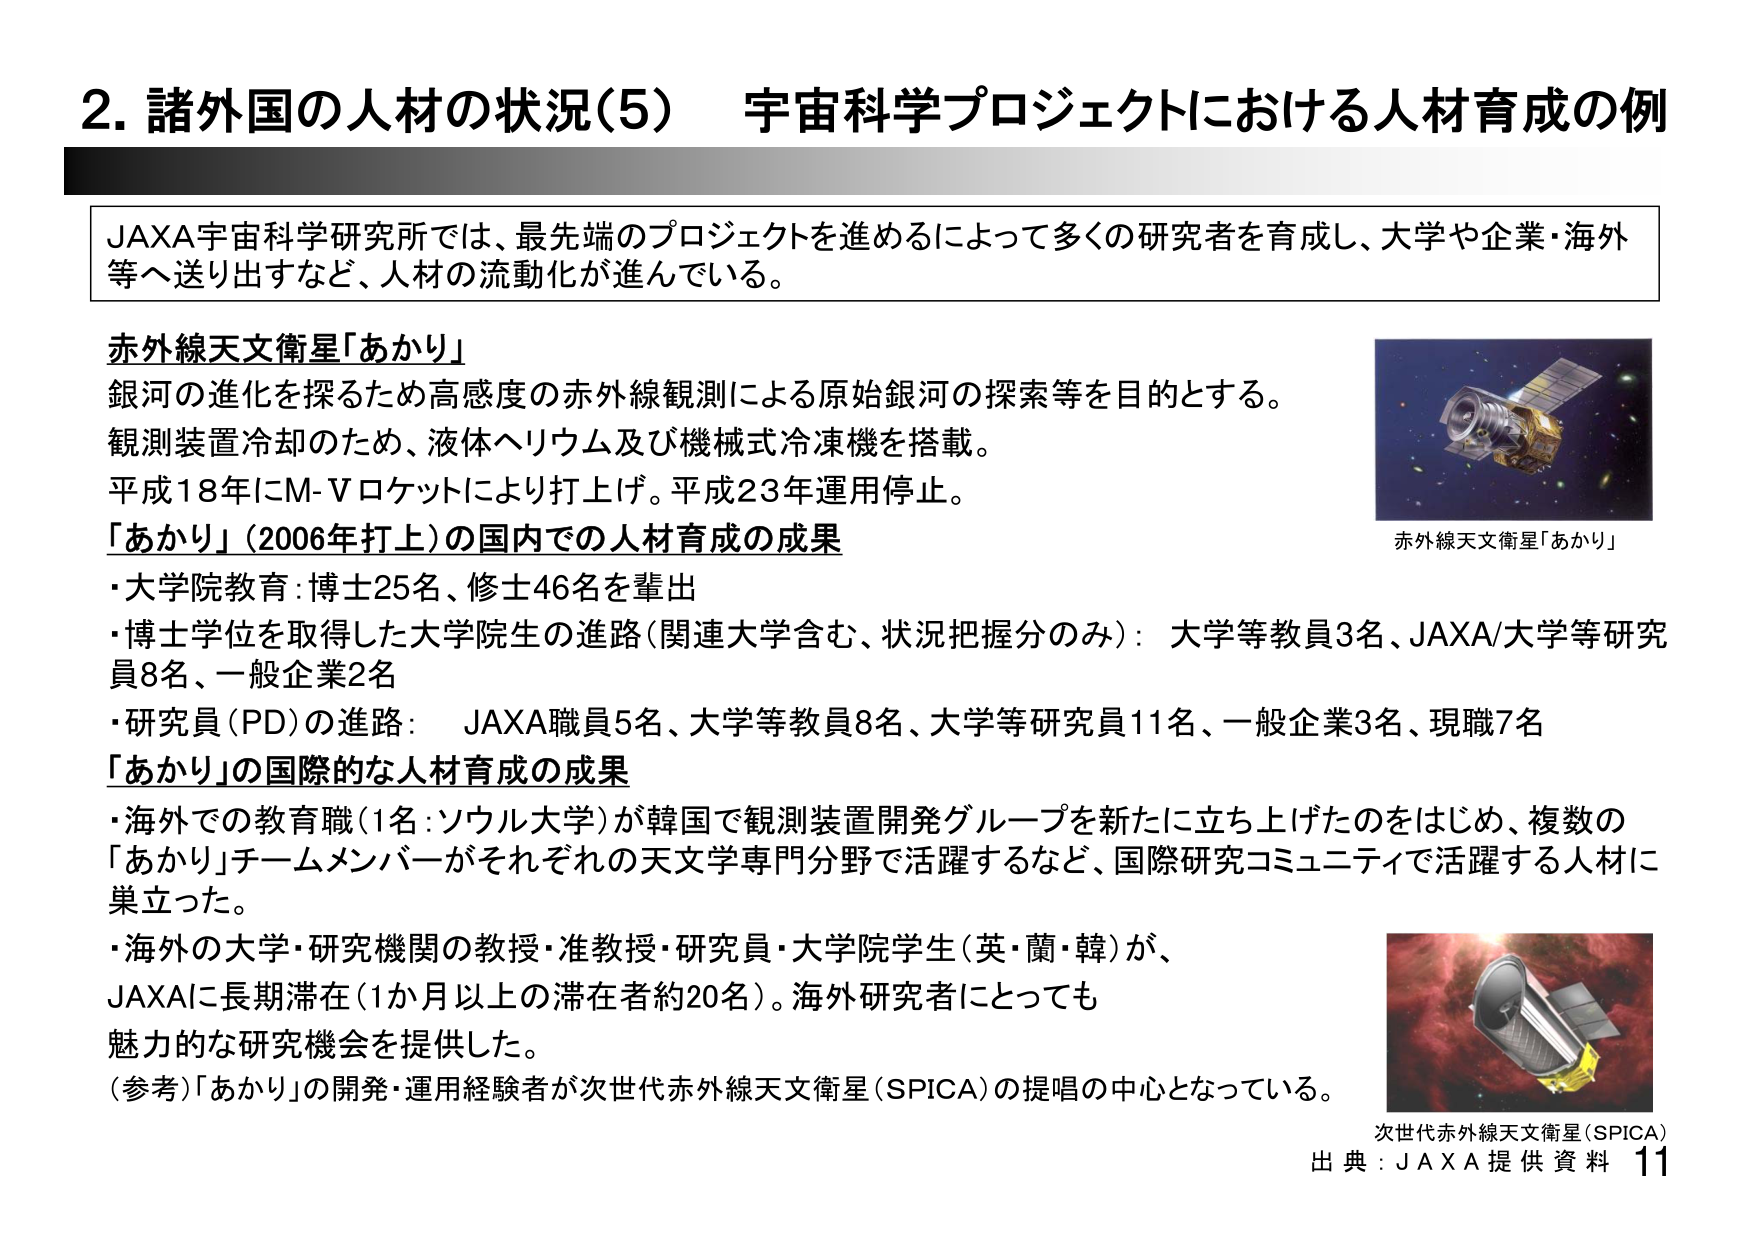
2. 諸外国の人材の状況(5) 宇宙科学プロジェクトにおける人材育成の例

JAXA宇宙科学研究所では、最先端のプロジェクトを進めるによって多くの研究者を育成し、大学や企業・海外等へ送り出すなど、人材の流動化が進んでいる。

赤外線天文衛星「あかり」
銀河の進化を探るため高感度の赤外線観測による原始銀河の探索等を目的とする。
観測装置冷却のため、液体ヘリウム及び機械式冷凍機を搭載。
平成18年にM-Vロケットにより打上げ。平成23年運用停止。

「あかり」(2006年打上)の国内での人材育成の成果
・大学院教育：博士25名、修士46名を輩出
・博士学位を取得した大学院生の進路（関連大学含む、状況把握分のみ）：大学等教員3名、JAXA/大学等研究員8名、一般企業2名
・研究員(PD)の進路：JAXA職員5名、大学等教員8名、大学等研究員11名、一般企業3名、現職7名

「あかり」の国際的な人材育成の成果
・海外での教育職（1名：ソウル大学）が韓国で観測装置開発グループを新たに立ち上げたのをはじめ、複数の「あかり」チームメンバーがそれぞれの天文学専門分野で活躍するなど、国際研究コミュニティで活躍する人材に巣立った。
・海外の大学・研究機関の教授・准教授・研究員・大学院学生（英・蘭・韓）が、JAXAに長期滞在（1か月以上の滞在者約20名）。海外研究者にとっても魅力的な研究機会を提供した。

（参考）「あかり」の開発・運用経験者が次世代赤外線天文衛星（SPICA）の提唱の中心となっている。

赤外線天文衛星「あかり」
次世代赤外線天文衛星（SPICA）
出典：JAXA提供資料 11